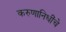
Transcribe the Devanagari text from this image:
करुणानिधींचे